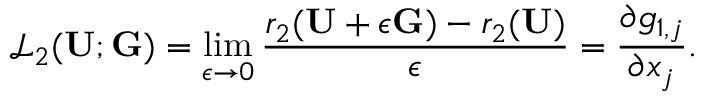
\mathscr { L } _ { 2 } ( \mathbf { U } ; \mathbf { G } ) = \operatorname* { l i m } _ { \epsilon \to 0 } \frac { r _ { 2 } ( \mathbf { U } + \epsilon \mathbf { G } ) - r _ { 2 } ( \mathbf { U } ) } { \epsilon } = \frac { \partial g _ { 1 , j } } { \partial x _ { j } } .